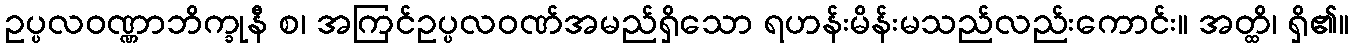
ဥပ္ပလဝဏ္ဏာဘိက္ခုနီ စ၊ အကြင်ဥပ္ပလဝဏ်အမည်ရှိသော ရဟန်းမိန်းမသည်လည်းကောင်း။ အတ္ထိ၊ ရှိ၏။